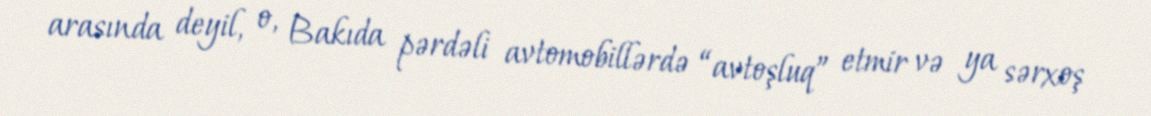
arasında deyil, o, Bakıda pərdəli avtomobillərdə “avtoşluq” etmir və ya sərxoş